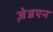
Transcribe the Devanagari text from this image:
ज़ेडएन